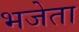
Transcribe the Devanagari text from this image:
भजेता